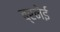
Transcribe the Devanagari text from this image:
ब्रनेई